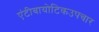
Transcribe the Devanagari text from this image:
एंटीबायोटिकउपचार